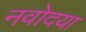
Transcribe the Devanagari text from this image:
नवोदया